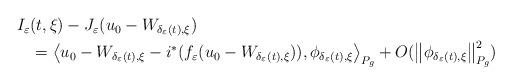
LaTeX: \begin{align*}\begin{multlined}I_\varepsilon (t,\xi)-J_\varepsilon (u_0-W_{\delta_\varepsilon (t),\xi})\\=\left\langle u_0-W_{\delta_\varepsilon (t),\xi}-i^\ast (f_\varepsilon(u_0-W_{\delta_\varepsilon (t),\xi})),\phi_{\delta_\varepsilon (t),\xi} \right\rangle_{P_g}+O(\left\|\phi_{\delta_\varepsilon (t),\xi}\right\|^2_{P_g})\end{multlined}\end{align*}